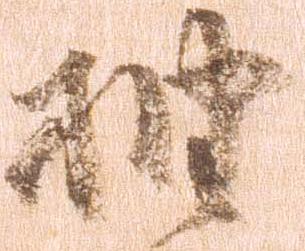
抽